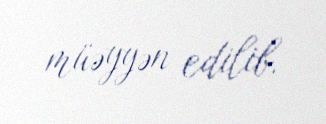
müəyyən edilib.